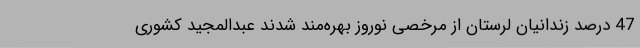
47 درصد زندانیان لرستان از مرخصی نوروز بهره‌مند شدند عبدالمجید کشوری